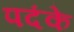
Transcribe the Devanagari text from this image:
पदंके